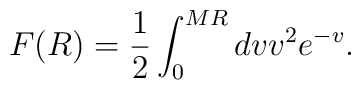
F(R)=\frac{1}{2}\int_0^{MR}dvv^2e^{-v}.